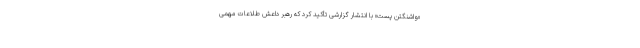
«واشنگتن پست» با انتشار گزارشی تأکید کرد که رهبر داعش طلاعات مهمی